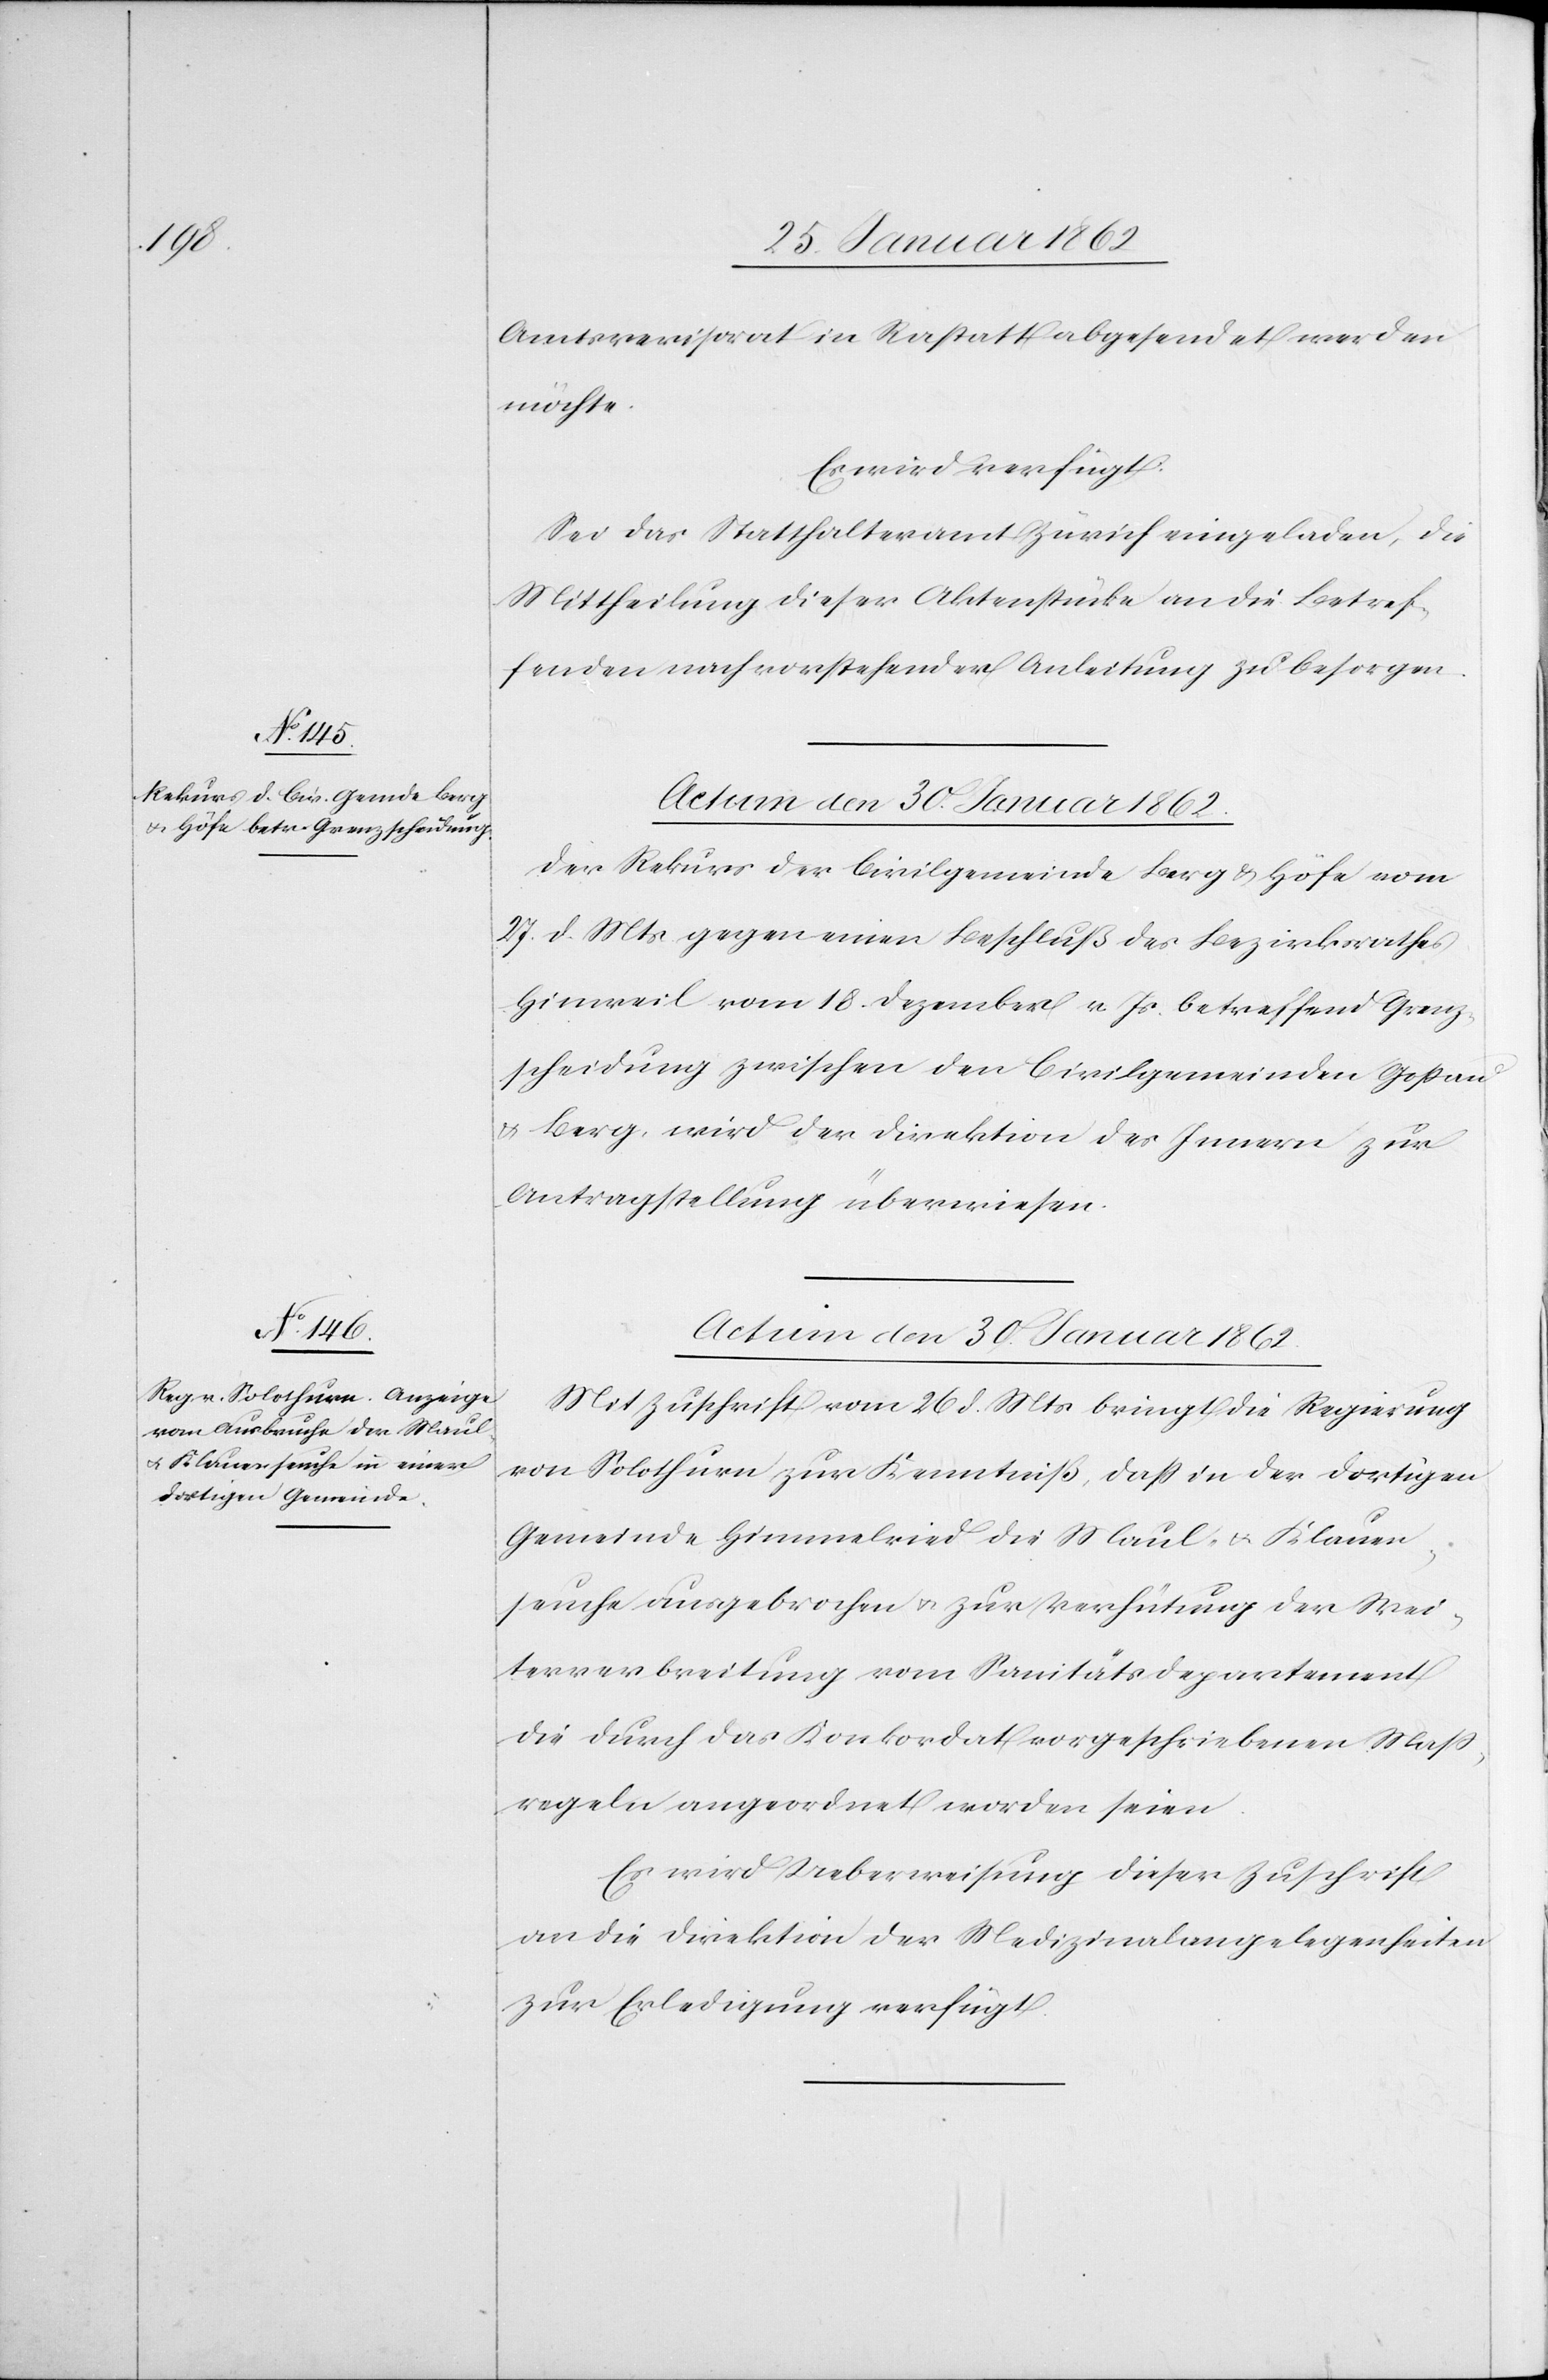
Amtsrevisorat in Rastatt abgesendet werden
möchte.
Es wird verfügt:
Sei das Statthalteramt Zürich eingeladen, die
Mittheilung dieser Aktenstücke an die Betref¬
fenden nach vorstehender Anleitung zu besorgen.
Actum den 30. Januar 1862.
Der Rekurs der Civilgemeinde Berg & Höfe vom
27. d. Mts gegen einen Beschluß des Bezirksrathes
Hinweil vom 18. Dezember v Js. betreffend Grenz¬
scheidung zwischen den Civilgemeinden Goßau
u. Berg, wird der Direktion des Innern zur
Antragstellung überwiesen.
Actum den 30. Januar 1862.
Mit Zuschrift vom 26 d. Mts bringt die Regierung
von Solothurn zur Kenntniß, daß in der dortigen
Gemeinde Himmelried die Maul- u. Klauen¬
seuche ausgebrochen u. zur Verhütung der Wei¬
terverbreitung vom Sanitätsdepartement
die durch das Konkordat vorgeschriebenen Maß¬
regeln angeordnet worden seien.
Es wird Ueberweisung dieser Zuschrift
an die Direktion der Medizinalangelegenheiten
zur Erledigung verfügt.